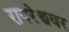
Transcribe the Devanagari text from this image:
रायरेश्ववर